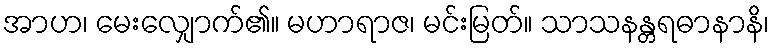
အာဟ၊ မေးလျှောက်၏။ မဟာရာဇ၊ မင်းမြတ်။ သာသနန္တရဓာနာနိ၊